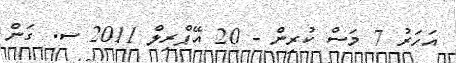
އަހަރު 7 މަސް ކުރިން - 20 އޭޕްރިލް 2011 ސ. ގަން